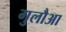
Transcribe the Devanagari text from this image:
गुलौआ